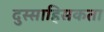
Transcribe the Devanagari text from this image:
दुस्साहिसकता